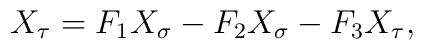
X_\tau =F_1X_\sigma -F_2X_\sigma -F_3X_\tau ,